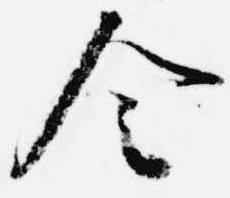
令